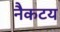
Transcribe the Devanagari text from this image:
नैकटय